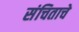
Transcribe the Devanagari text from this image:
संचिताचे